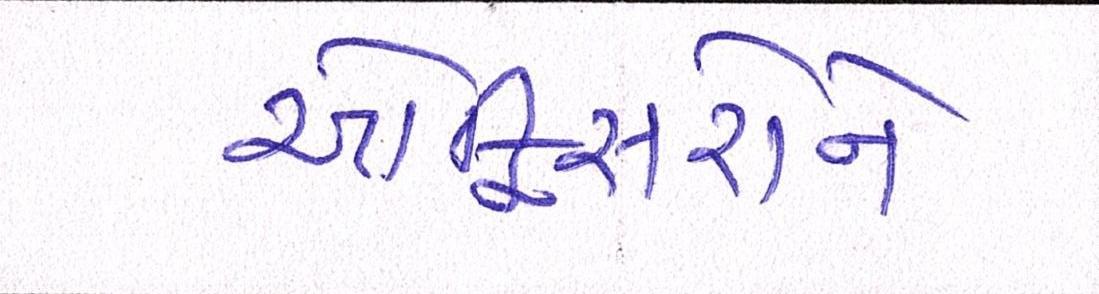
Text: ઓફિસરોને